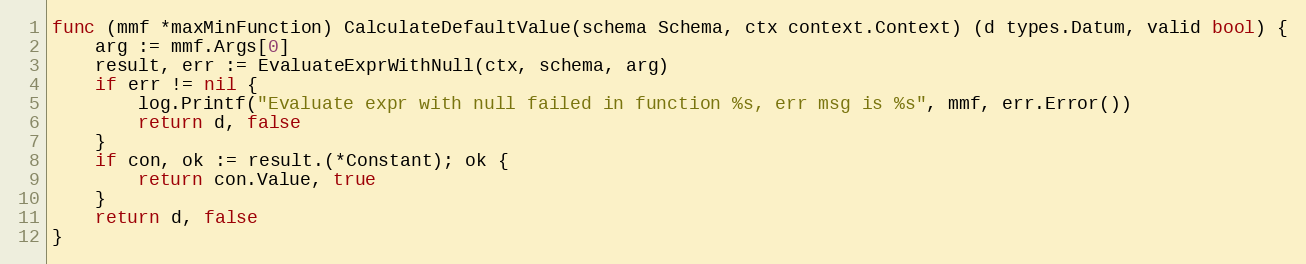
Language: Go
func (mmf *maxMinFunction) CalculateDefaultValue(schema Schema, ctx context.Context) (d types.Datum, valid bool) {
	arg := mmf.Args[0]
	result, err := EvaluateExprWithNull(ctx, schema, arg)
	if err != nil {
		log.Printf("Evaluate expr with null failed in function %s, err msg is %s", mmf, err.Error())
		return d, false
	}
	if con, ok := result.(*Constant); ok {
		return con.Value, true
	}
	return d, false
}